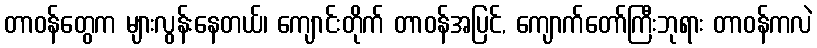
တာဝန်တွေက များလွန်းနေတယ်၊ ကျောင်းတိုက် တာဝန်အပြင်, ကျောက်တော်ကြီးဘုရား တာဝန်ကလဲ